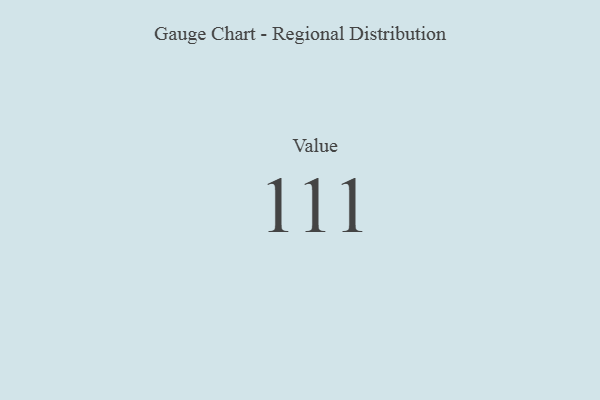
{"axis": {"x": "Metric", "y": "Value"}, "legend": [""], "data": [{"x": "Value", "y": 111, "type": ""}]}